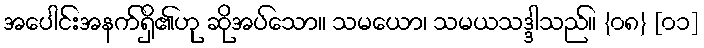
အပေါင်းအနက်ရှိ၏ဟု ဆိုအပ်သော။ သမယော၊ သမယသဒ္ဒါသည်။ {၀၈} [၀၁]